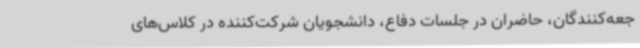
جعه‌کنندگان، حاضران در جلسات دفاع، دانشجویان شرکت‌کننده در کلاس‌های